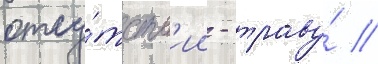
отсу́тств'ии - траву́ //